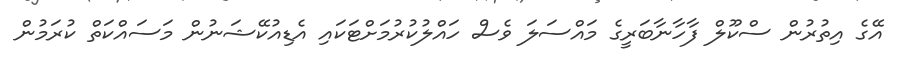
އޭގެ އިތުރުން ސްކޫލް ފާހާނާބަރީގެ މައްސަލަ ވެސް ހައްލުކުރުމަށްޓަކައި އެޑިއުކޭޝަނުން މަސައްކަތް ކުރަމުން